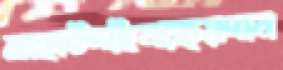
বাহাউদ্দীনেরছয়দান